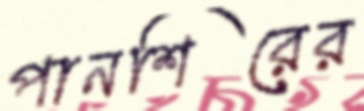
পানশিরের